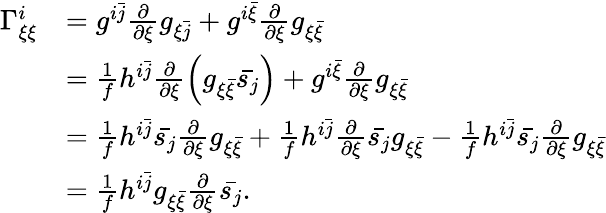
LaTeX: \begin{array}{rl}{\Gamma_{\xi\xi}^{i}}&{=g^{i\bar{j}}\frac{\partial}{\partial\xi}g_{\xi\bar{j}}+g^{i\bar{\xi}}\frac{\partial}{\partial\xi}g_{\xi\bar{\xi}}}\\ &{=\frac{1}{f}h^{i\bar{j}}\frac{\partial}{\partial\xi}\left(g_{\xi\bar{\xi}}\bar{s_{j}}\right)+g^{i\bar{\xi}}\frac{\partial}{\partial\xi}g_{\xi\bar{\xi}}}\\ &{=\frac{1}{f}h^{i\bar{j}}\bar{s_{j}}\frac{\partial}{\partial\xi}g_{\xi\bar{\xi}}+\frac{1}{f}h^{i\bar{j}}\frac{\partial}{\partial\xi}\bar{s_{j}}g_{\xi\bar{\xi}}-\frac{1}{f}h^{i\bar{j}}\bar{s_{j}}\frac{\partial}{\partial\xi}g_{\xi\bar{\xi}}}\\ &{=\frac{1}{f}h^{i\bar{j}}g_{\xi\bar{\xi}}\frac{\partial}{\partial\xi}\bar{s_{j}}.}\end{array}